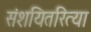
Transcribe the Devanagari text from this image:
संशयितरित्या